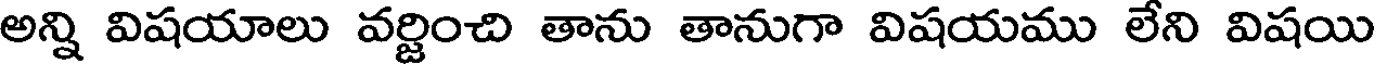
అన్ని విషయాలు వర్జించి తాను తానుగా విషయము లేని విషయి